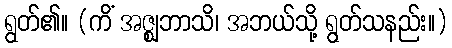
ရွတ်၏။ (ကိံ အဇ္ဈဘာသိ၊ အဘယ်သို့ ရွတ်သနည်း။)